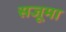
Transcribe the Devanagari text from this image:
सजूमा